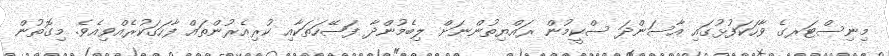
މިނިސްޓަރގެ ވާހަކަފުޅުގައި އާސަންދަ ސްކީމުން ރައްޔިތުންނަށް ލިބެމުންދާ ފަޞޭހަތަކާއި ކުރިއެރުންތައް ފާހަގަކުރެއްވިއެވެ. މިގޮތުން